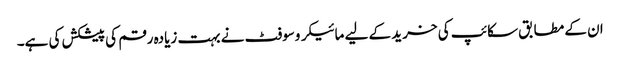
ان کے مطابق سکائپ کی خرید کے لیے مائیکروسوفٹ نے بہت زیادہ رقم کی پیشکش کی ہے۔